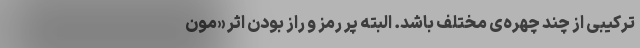
ترکیبی از چند چهره‌ی مختلف باشد. البته پر رمز و راز بودن اثر «مون